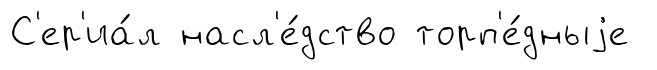
С'ер'иа́л насл'е́дство торп'е́дныjе